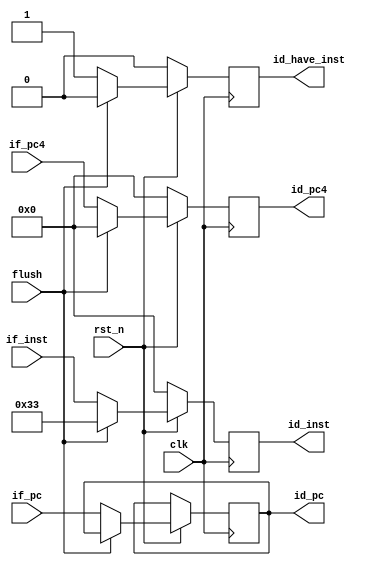
//`timescale 1ns / 1ps
//////////////////////////////////////////////////////////////////////////////////
// Company: 
// Engineer: 
// 
// Design Name: 
// Module Name: if_id_reg
// Project Name: 
// Target Devices: 
// Tool Versions: 
// Description: 
// 
// Dependencies: 
// 
// Revision:
// Revision 0.01 - File Created
// Additional Comments:
// 
//////////////////////////////////////////////////////////////////////////////////


module if_id_reg(
    input   clk,
    input   rst_n,
    //input   stop,
    input   flush,
    input   [31:0]  if_inst,
    input   [31:0]  if_pc4,
    input   [31:0]  if_pc,
    output  reg [31:0]  id_inst,
    output  reg [31:0]  id_pc4,
    output  reg [31:0]  id_pc,
    output  reg id_have_inst
    );
    
wire ram_clk;
assign ram_clk = !clk;

always @ (posedge ram_clk) begin
    if(rst_n=='b0) begin
        id_inst<='b0;
        id_pc4<='b0;
        id_have_inst<='b0;
    end
    else if(flush=='b1) begin
        id_inst<=32'b00000000000000000000000000110011;
        id_pc4<='b0;
        id_have_inst<='b0;
    end
    //else if(stop=='b1) begin
        //id_inst<=id_inst;
        //id_pc4<=id_pc4;
        //id_have_inst<='b0;
    //end
    else begin
        id_inst<=if_inst;
        id_pc4<=if_pc4;
        id_pc<=if_pc;
        id_have_inst<='b1;
    end
end

endmodule